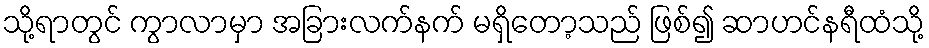
သို့ရာတွင် ကွာလာမှာ အခြားလက်နက် မရှိတော့သည် ဖြစ်၍ ဆာဟင်နရီထံသို့